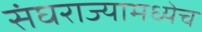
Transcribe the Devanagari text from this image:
संघराज्यामध्येच